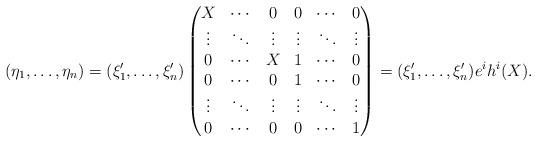
LaTeX: \begin{align*}(\eta_1, \dots, \eta_n)=(\xi'_1,\dots, \xi'_n)\begin{pmatrix}X & \cdots & 0 & 0 & \cdots & 0 \\\vdots & \ddots & \vdots & \vdots & \ddots & \vdots \\0 & \cdots & X & 1 & \cdots & 0 \\0 & \cdots & 0 & 1 & \cdots & 0 \\\vdots & \ddots & \vdots & \vdots & \ddots & \vdots \\0 & \cdots & 0 & 0 & \cdots & 1 \end{pmatrix}=(\xi'_1,\dots, \xi'_n) e^ih^i(X).\end{align*}